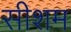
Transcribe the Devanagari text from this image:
सीशम